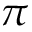
\pi